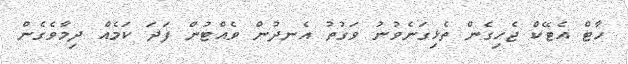
ހާޓް އެޓޭކް ޖެހިގެން ތެޅިގަނެވުނު ވަގުތު އެނދުން ވެއްޓުން ފަދަ ކަމެއް ދިމާވެގެން